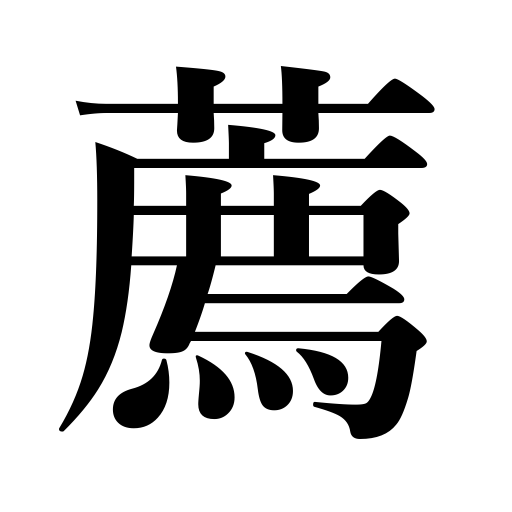
Meanings: recommendation,offer wine,recommend,advise,advice,encouragement,encourage